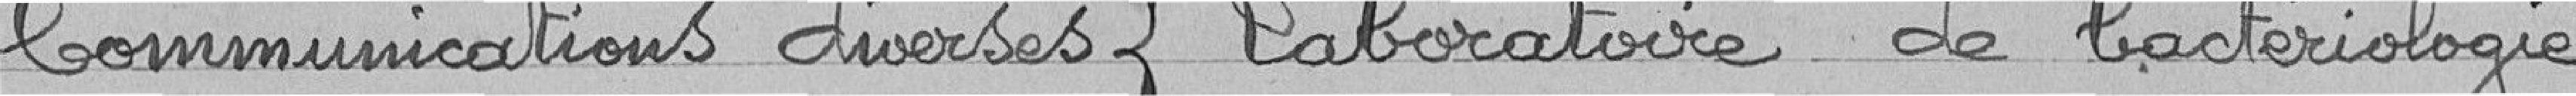
Communications diverses - Laboratoire de bactériologie -----------